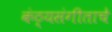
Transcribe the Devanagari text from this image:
कंठ्यसंगीताचे